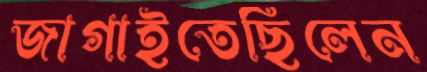
জাগাইতেছিলেন